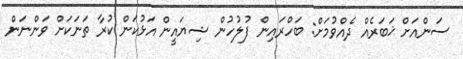
ސަންއަށް ޚަބަރެއް ދެއްވުމަށް: ބަހްރައިން ފުލުހުން ޝިޔައީން އަޅުކަން ކުރާ ތަނަކަށް ވަންނަން